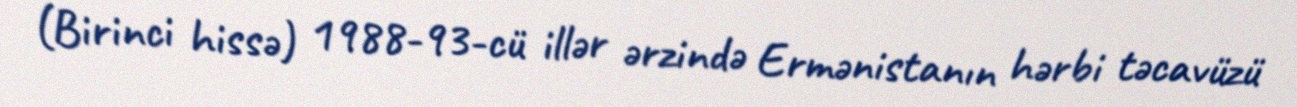
(Birinci hissə) 1988-93-cü illər ərzində Ermənistanın hərbi təcavüzü